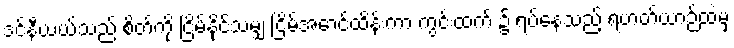
ဒင်နီယယ်သည် စိတ်ကို ငြိမ်နိုင်သမျှ ငြိမ်အောင်ထိန်းကာ ကွင်းထက် ၌ ရပ်နေသည့် ရဟတ်ယာဉ်ထဲမှ